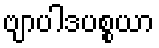
ဗျာပါဒပစ္စယာ